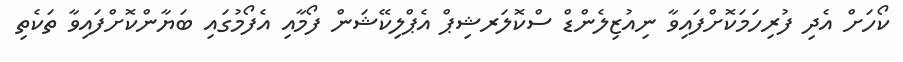
ކޯހަށް އެދި ފުރިހަމަކޮށްފައިވާ ނިއުޒިލެންޑް ސްކޮލަރޝިޕް އެޕްލިކޭޝަން ފޯމާއި އެފޯމުގައި ބަޔާންކޮށްފައިވާ ތަކެތި